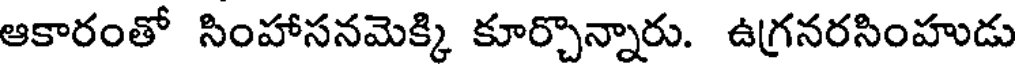
ఆకారంతో సింహాసనమెక్కి కూర్చొన్నారు. ఉగ్రనరసింహుడు